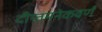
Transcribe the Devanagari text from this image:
दीप्तमनेकवर्णं